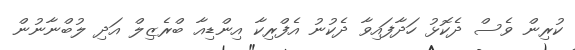
ކުރިން ވެސް ދެކޮޅު ހަދާފައިވާ ދެކުނު އެފްރިކާ އިންޑިއާ ބްރެޒިލް އަދި ލުބްނާނުން